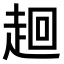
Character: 𧻢